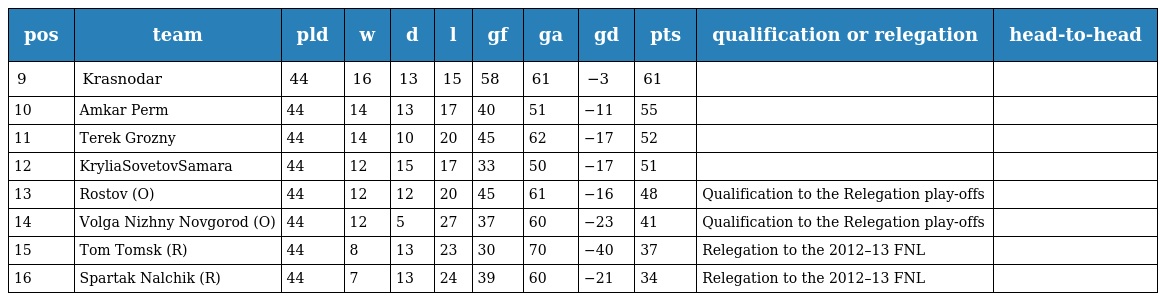
| pos | team | pld | w | d | l | gf | ga | gd | pts | qualification or relegation | head-to-head |
 | --- | --- | --- | --- | --- | --- | --- | --- | --- | --- | --- | --- |
 | 9 | Krasnodar | 44 | 16 | 13 | 15 | 58 | 61 | −3 | 61 |  |  |
 | 10 | Amkar Perm | 44 | 14 | 13 | 17 | 40 | 51 | −11 | 55 |  |  |
 | 11 | Terek Grozny | 44 | 14 | 10 | 20 | 45 | 62 | −17 | 52 |  |  |
 | 12 | KryliaSovetovSamara | 44 | 12 | 15 | 17 | 33 | 50 | −17 | 51 |  |  |
 | 13 | Rostov (O) | 44 | 12 | 12 | 20 | 45 | 61 | −16 | 48 | Qualification to the Relegation play-offs |  |
 | 14 | Volga Nizhny Novgorod (O) | 44 | 12 | 5 | 27 | 37 | 60 | −23 | 41 | Qualification to the Relegation play-offs |  |
 | 15 | Tom Tomsk (R) | 44 | 8 | 13 | 23 | 30 | 70 | −40 | 37 | Relegation to the 2012–13 FNL |  |
 | 16 | Spartak Nalchik (R) | 44 | 7 | 13 | 24 | 39 | 60 | −21 | 34 | Relegation to the 2012–13 FNL |  |